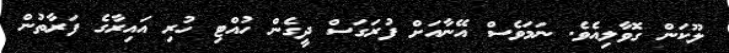
ލޫކަން ގޮވާލިއެވެ. ނަމަވެސް އޭނާއަށް ފުރަގަސް ދީގެން ހުއްޓި ހުރި އައިރާގެ ފަރާތުން